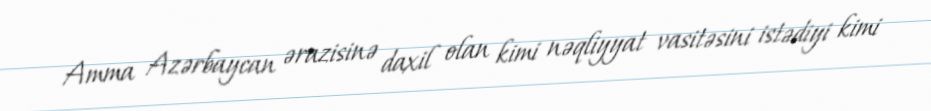
Amma Azərbaycan ərazisinə daxil olan kimi nəqliyyat vasitəsini istədiyi kimi